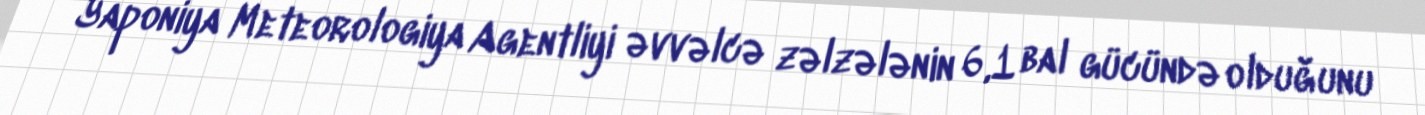
Yaponiya Meteorologiya Agentliyi əvvəlcə zəlzələnin 6,1 bal gücündə olduğunu